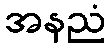
အနညံ